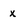
Character: x